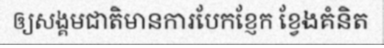
ឲ្យសង្គមជាតិមានការបែកខ្ញែក ខ្វែងគំនិត